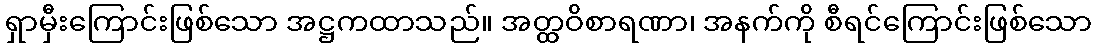
ရှာမှီးကြောင်းဖြစ်သော အဋ္ဌကထာသည်။ အတ္ထဝိစာရဏာ၊ အနက်ကို စီရင်ကြောင်းဖြစ်သော